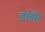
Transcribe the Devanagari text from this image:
डांडोर